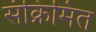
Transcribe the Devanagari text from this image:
संक्रिमित